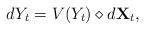
LaTeX: \begin{align*} dY_t=V(Y_t) \diamond d \mathbf{X}_t,\end{align*}